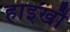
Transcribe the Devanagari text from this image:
हाइखौ